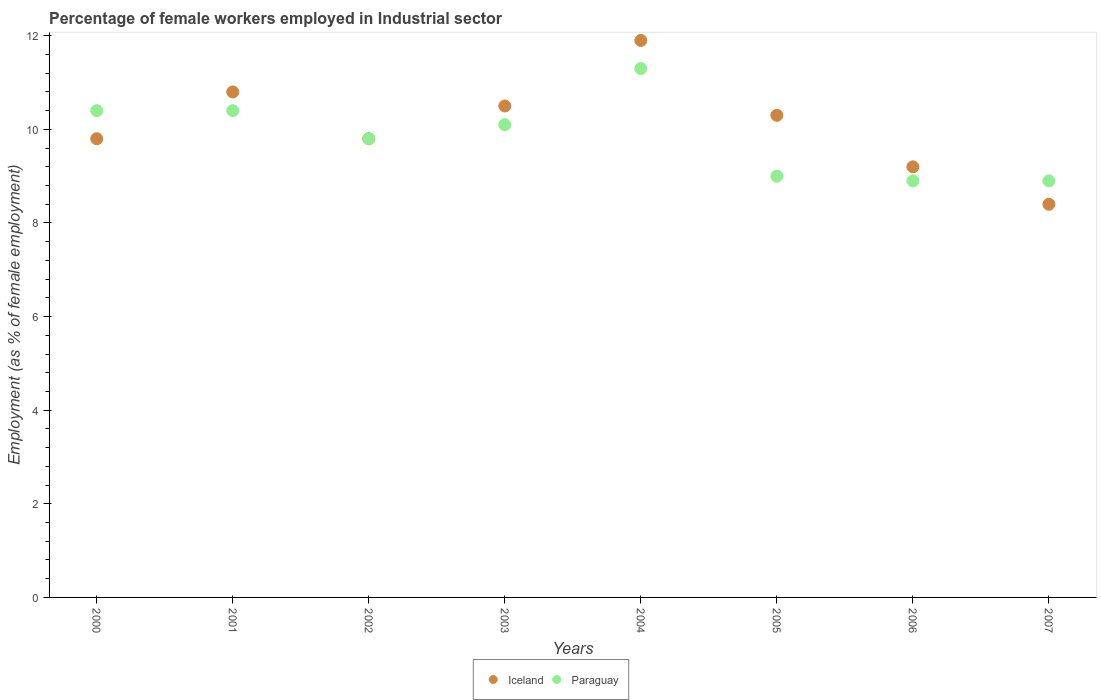
| Years | Iceland | Paraguay |
 | --- | --- | --- |
 | 2000 | 9.8 | 10.4 |
 | 2001 | 10.8 | 10.4 |
 | 2002 | 9.8 | 9.8 |
 | 2003 | 10.5 | 10.1 |
 | 2004 | 11.9 | 11.3 |
 | 2005 | 10.3 | 9 |
 | 2006 | 9.2 | 8.9 |
 | 2007 | 8.4 | 8.9 |